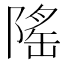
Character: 𬯒